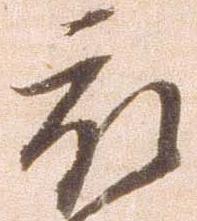
被